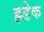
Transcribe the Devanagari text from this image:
ह्रडेक